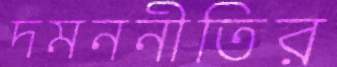
দমননীতির